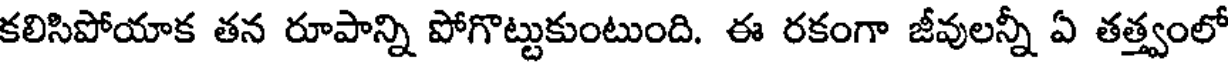
కలిసిపోయాక తన రూపాన్ని పోగొట్టుకుంటుంది. ఈ రకంగా జీవులన్నీ ఏ తత్త్వంలో